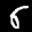
Label: 6